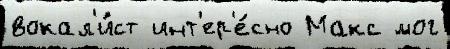
вокал'и́ст инт'ер'е́сно Макс мог